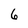
Character: 6